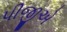
પીજીએ